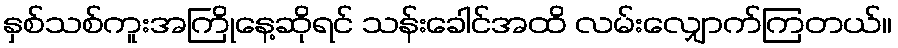
နှစ်သစ်ကူးအကြိုနေ့ဆိုရင် သန်းခေါင်အထိ လမ်းလျှောက်ကြတယ်။